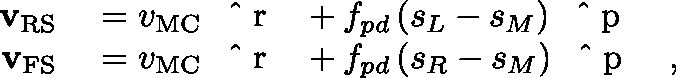
\begin{array} { r l } { \mathbf { v } _ { \mathrm { R S } } } & { { } = v _ { \mathrm { M C } } \, { \mathrm { ~ \boldmath ~ \hat { ~ } { ~ r ~ } ~ \unboldmath ~ } } + f _ { p d } \, ( s _ { L } - s _ { M } ) \, { \mathrm { ~ \boldmath ~ \hat { ~ } { ~ p ~ } ~ \unboldmath ~ } } } \\ { \mathbf { v } _ { \mathrm { F S } } } & { { } = v _ { \mathrm { M C } } \, { \mathrm { ~ \boldmath ~ \hat { ~ } { ~ r ~ } ~ \unboldmath ~ } } + f _ { p d } \, ( s _ { R } - s _ { M } ) \, { \mathrm { ~ \boldmath ~ \hat { ~ } { ~ p ~ } ~ \unboldmath ~ } } \ , } \end{array}